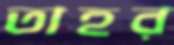
তাহর